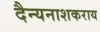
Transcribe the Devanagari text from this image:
दैन्यनाशकराय